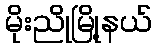
မိုးညိုမြို့နယ်